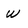
Character: W